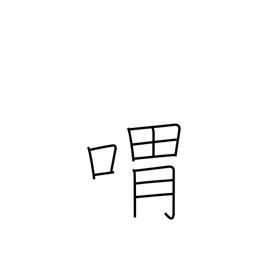
Meaning: moan